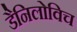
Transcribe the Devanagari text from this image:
डैनिलोविच